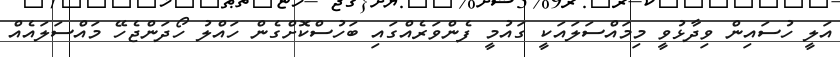
އަލީ ހުސައިން ވިދާޅުވީ މިމައްސަލައަކީ ގައުމީ ފެންވަރެއްގައި ބަހުސްކޮށްގެން ހައްލު ހޯދަންޖެހޭ މައްސަލައެއް